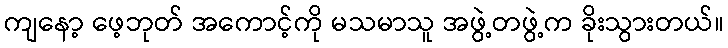
ကျနော့ ဖေ့ဘုတ် အကောင့်ကို မသမာသူ အဖွဲ့တဖွဲ့က ခိုးသွားတယ်။